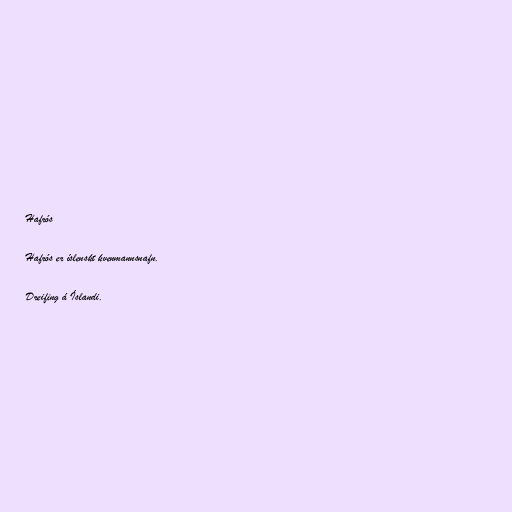
Hafrós

Hafrós er íslenskt kvenmannsnafn.

Dreifing á Íslandi.